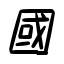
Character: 國